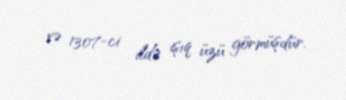
və 1307-ci ildə işıq üzü görmüşdür.